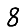
Digit: 8